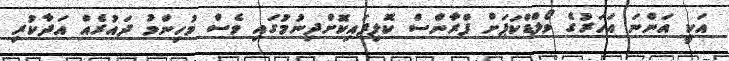
އަކީ އަންނަ އަހަރުގެ ވޯލްޑްކަޕަށް ފްރާންސް ކޮލިފައިކޮށްދިނުމުގައި ވެސް މުހިންމު ދައުރެއް އަދާކުރި